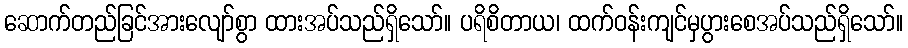
ဆောက်တည်ခြင်အားလျော်စွာ ထားအပ်သည်ရှိသော်။ ပရိစိတာယ၊ ထက်ဝန်းကျင်မှပွားစေအပ်သည်ရှိသော်။